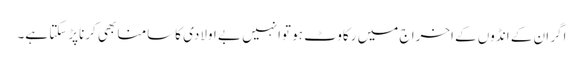
اگر ان کے انڈوں کے اخرا ج میں رکاوٹ ہو توانہیں بے اولادی کاسامنا بھی کرناپڑسکتا ہے۔